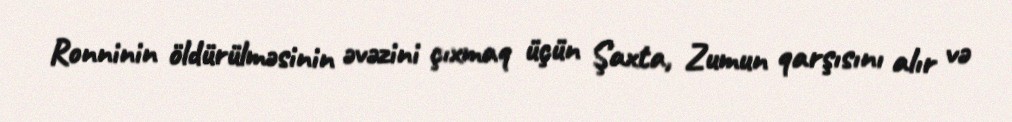
Ronninin öldürülməsinin əvəzini çıxmaq üçün Şaxta, Zumun qarşısını alır və